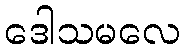
ဒေါသမလေ